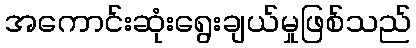
အကောင်းဆုံးရွေးချယ်မှုဖြစ်သည်